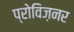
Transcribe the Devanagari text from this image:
प्रोविज़नर